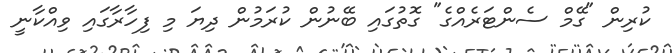
ކުރިން "ގޭމް ސެންޓަރެއްގެ" ގޮތުގައި ބޭނުން ކުރަމުން ދިޔަ މި ފިހާރާގައި ވިއްކާނީ